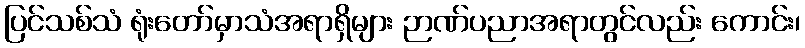
ပြင်သစ်သံ ရုံးတော်မှာသံအရာရှိများ ဉာဏ်ပညာအရာတွင်လည်း ကောင်း၊